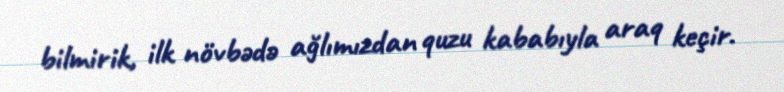
bilmirik, ilk növbədə ağlımızdan quzu kababıyla araq keçir.